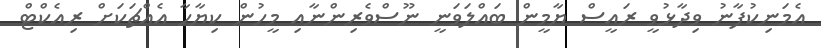
އެމަނިކުފާނު ވިދާޅުވީ ރައީސް ޔާމީން ބައްލަވަނީ ނޫސްވެރިންނާއި މީހުން ކިޔާހާ އެއްޗަކަށް ރިއެކްޓް